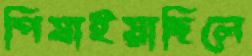
পিষাইয়াছিলে